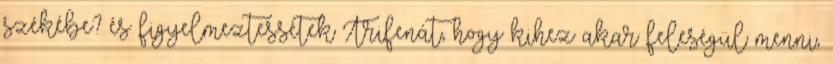
székébe? és figyelmeztessétek Trifenát, hogy kihez akar feleségül menni,